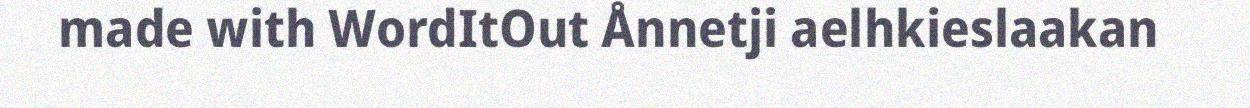
made with WordItOut Ånnetji aelhkieslaakan